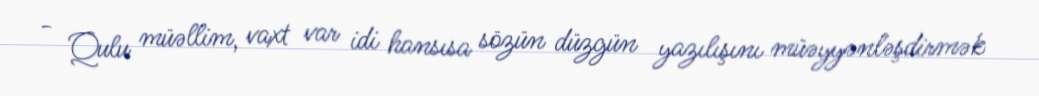
- Qulu müəllim, vaxt var idi hansısa sözün düzgün yazılışını müəyyənləşdirmək